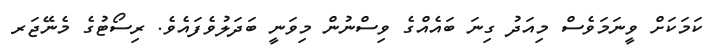
ކަމަކަށް ވީނަމަވެސް މިއަދު ގިނަ ބައެއްގެ ވިސްނުން މިވަނީ ބަދަލުވެފައެވެ. ރިސޯޓުގެ މެނޭޖަރ